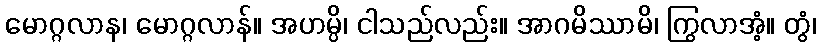
မောဂ္ဂလာန၊ မောဂ္ဂလာန်။ အဟမ္ပိ၊ ငါသည်လည်း။ အာဂမိဿာမိ၊ ကြွလာအံ့။ တွံ၊